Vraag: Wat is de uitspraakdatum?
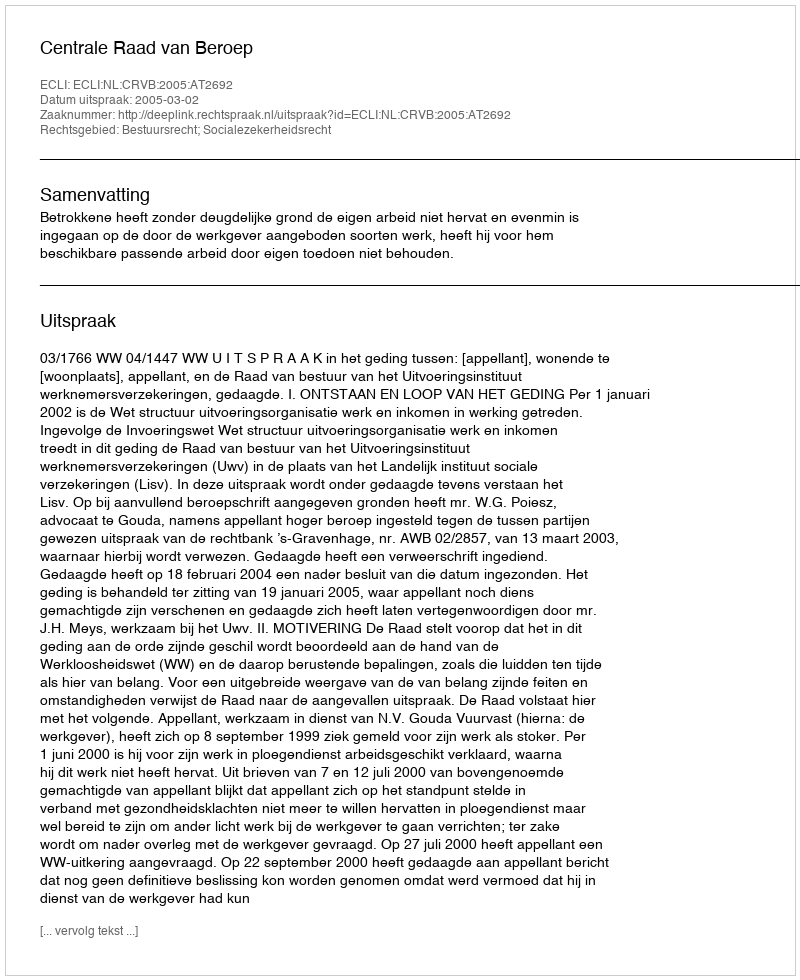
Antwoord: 2005-03-02